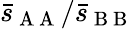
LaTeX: \bar{s}_{\mathrm{~A~A~}}/\bar{s}_{\mathrm{~B~B~}}